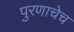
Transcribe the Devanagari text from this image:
पुरणाचेच